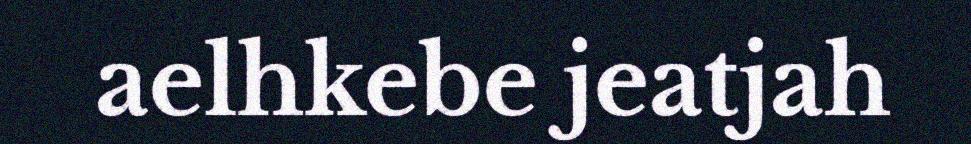
aelhkebe jeatjah